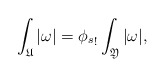
\begin{align*}\int_{\mathfrak U}|\omega| = {\phi_s}_!\int_{\mathfrak Y}|\omega|,\end{align*}